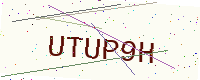
Text: UTUP9H